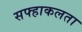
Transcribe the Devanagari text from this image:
सफ्हाकलता